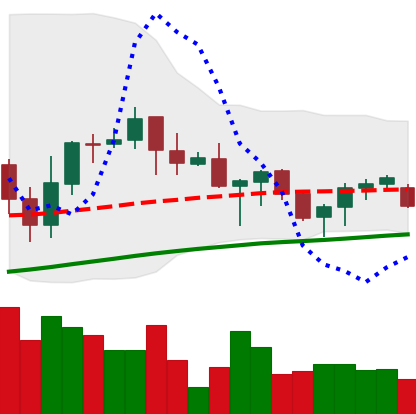
Ticker: ADA-USD
Chart end date: 2021-06-16
Forward return: -20.579%
Label: down_7plus